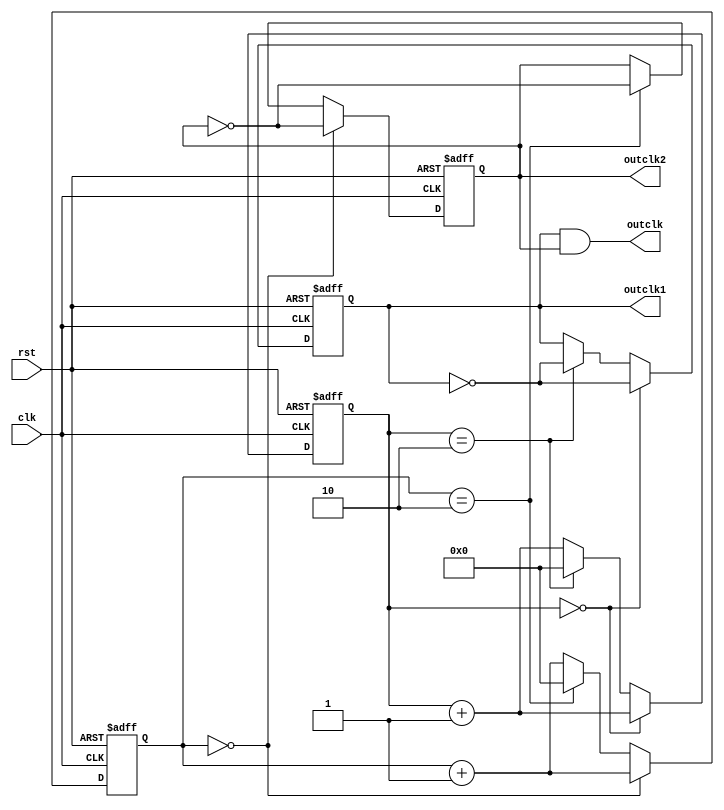
module lianxi04_2(clk,rst,outclk,outclk1,outclk2);
 input clk;
 input rst;
 output outclk,outclk1,outclk2;
 
 reg outclk1,outclk2;
 reg [3:0] count1,count2;
 parameter N=3;
 
 always @(posedge clk or negedge rst)
   begin
        if(rst == 1'b0)
           begin
                count1 <= 4'd0;
                outclk1 <= 1'b0;
           end
        else
           begin
                if(count1 == 4'd0)
                    begin
                         outclk1 <= ~outclk1;
                         count1 <= count1 + 1'b1;
                    end
                else if(count1 == N-1)
                    begin
                         outclk1 <= ~outclk1;
                         count1 <= 4'd0;
                    end
                else
                    begin
                         count1 <= count1 + 1'b1;
                    end
           end
   end
   
   always @(negedge clk or negedge rst)
      begin
           if(rst == 1'b0)
              begin
                   count2 <= 4'd0;
                   outclk2 <= 1'b0;
              end
           else
              begin
                   if(count2 == 4'd0)
                       begin
                            outclk2 <= ~outclk2;
                            count2 <= count2 + 1'b1;
                       end
                   else if(count2 == N-1)
                       begin
                            outclk2 <= ~outclk2;
                            count2 <= 4'd0;
                       end
                   else
                       begin
                            count2 <= count2 + 1'b1;
                       end
              end
      end
  assign outclk = outclk1 && outclk2;
endmodule